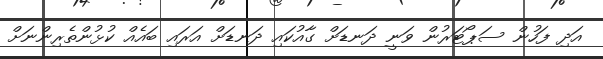
އަދި ފަހުން ސަޕޯޓަރުން ވަނީ ދަނޑަށް ގާއުކައި ދަނޑަށް އަރައި ބައެއް ކުޅުންތެރިންނަށް